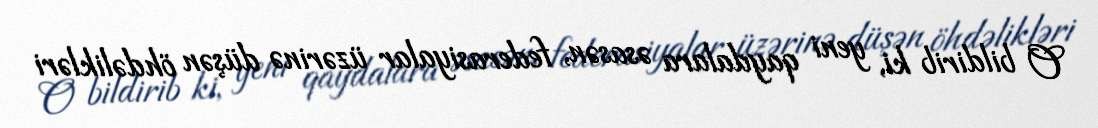
O bildirib ki, yeni qaydalara əsasən, federasiyalar üzərinə düşən öhdəlikləri